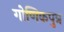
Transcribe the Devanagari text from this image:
गोणिकपुत्र